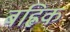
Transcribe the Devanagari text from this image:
बह्लिक